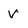
Character: V